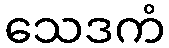
သေဒကံ